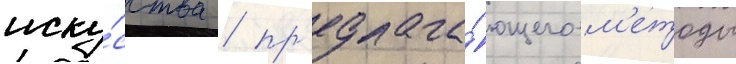
иску́сства / пр'едлага́ющего м'етоды